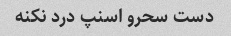
دست سحرو اسنپ درد نکنه